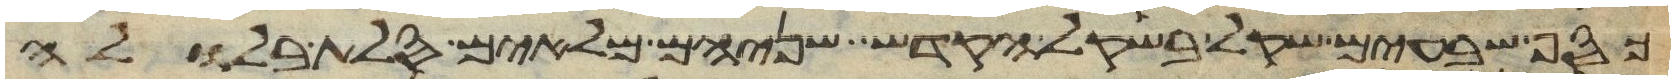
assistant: כסף שבעים שקל בשקל הקדש שניהם מלאים סלת בלולה